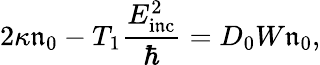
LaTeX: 2\kappa\mathfrak{n}_{0}-T_{1}\frac{{E_{\mathrm{{i\mathfrak{n}c}}}^{2}}}{{\hbar}}=D_{0}W\mathfrak{n}_{0},